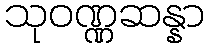
သုဝဏ္ဏဆန္နာ